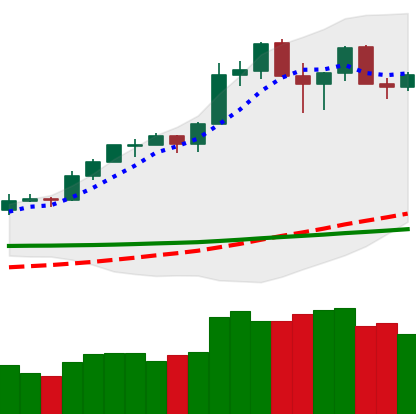
Ticker: ETH-USD
Chart end date: 2020-02-21
Forward return: -15.03%
Label: down_7plus